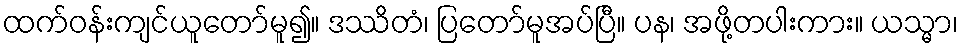
ထက်ဝန်းကျင်ယူတော်မူ၍။ ဒဿိတံ၊ ပြတော်မူအပ်ပြီ။ ပန၊ အဖို့တပါးကား။ ယသ္မာ၊